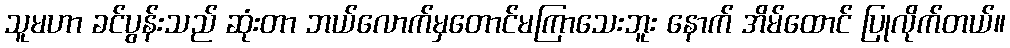
သူမဟာ ခင်ပွန်းသည် ဆုံးတာ ဘယ်လောက်မှတောင်မကြာသေးဘူး နောက် အိမ်ထောင် ပြုလိုက်တယ်။